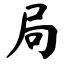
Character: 局